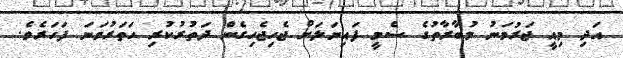
އަދި މިއީ ޖަރުމަނު މުބާރާތުގެ ސެމީ ފައިނަލަށް ޖެހިޖެހިގެން ދަތުރުކުރި ހަތަރުވަނަ ފަހަރެވެ.